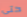
حتى